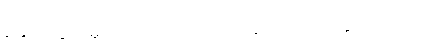
နှောင်တွယ်မှု သဘောဟာလည်း ချုပ်ပျောက်သွားပါတယ်။